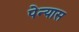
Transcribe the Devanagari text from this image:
पेन्यास